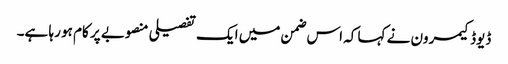
ڈیوڈ کیمرون نے کہا کہ اس ضمن میں ایک تفصیلی منصوبے پر کام ہو رہا ہے۔